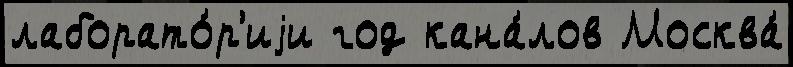
лаборато́р'иjи год кана́лов Москва́